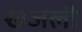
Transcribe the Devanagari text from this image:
खजली